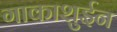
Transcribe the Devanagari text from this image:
गाकाशुईन